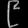
Digit: ၉